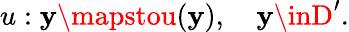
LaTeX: u:\mathbf{y}\mapstou(\mathbf{y}),\quad\mathbf{y}\inD^{\prime}.